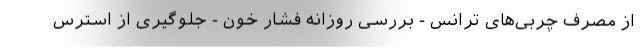
از مصرف چربی‌های ترانس - بررسی روزانه فشار خون - جلوگیری از استرس